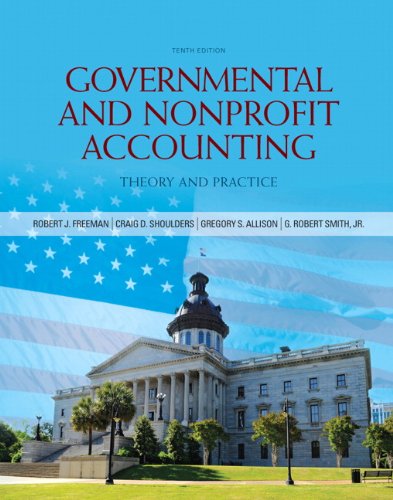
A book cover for Governmental and Nonprofit Accounting (10th Edition); Robert J. Freeman; Business & Money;